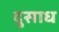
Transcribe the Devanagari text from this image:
दुसाध